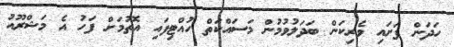
ހަދަން ފަށައި ވެރިކަން ބަދަލުވުމުން މަސައްކަތް ހުއްޓިފައި އޮތުމަށް ފަހު އެ މަޝްރޫއު